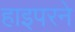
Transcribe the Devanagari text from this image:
हाइपरने